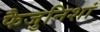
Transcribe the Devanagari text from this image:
फैजुनिशां